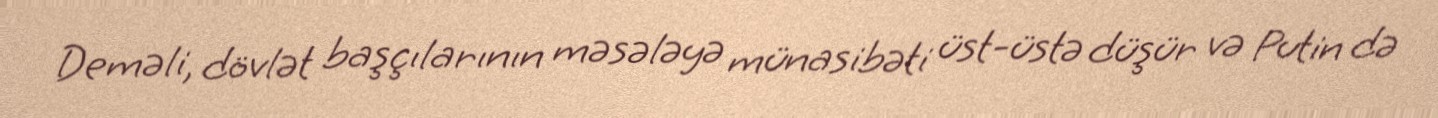
Deməli, dövlət başçılarının məsələyə münasibəti üst-üstə düşür və Putin də